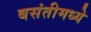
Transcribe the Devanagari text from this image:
बसंतीमध्ये